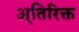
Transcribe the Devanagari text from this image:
अ्तिरिक्त